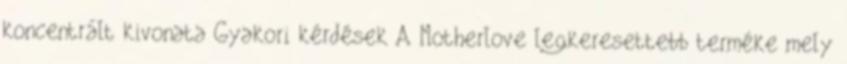
koncentrált kivonata Gyakori kérdések A Motherlove legkeresettebb terméke mely